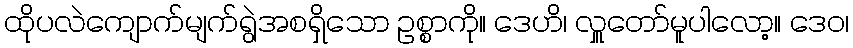
ထိုပလဲကျောက်မျက်ရွဲအစရှိသော ဥစ္စာကို။ ဒေဟိ၊ လှူတော်မူပါလော့။ ဒေဝ၊